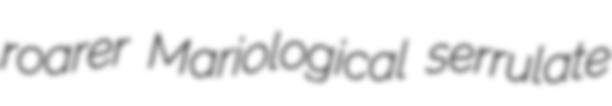
roarer Mariological serrulate